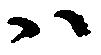
ハ